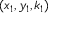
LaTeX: ( x _ { 1 } , y _ { 1 } , k _ { 1 } )